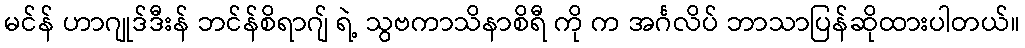
မင်န် ဟာဂျုဒ်ဒီးန် ဘင်န်စိရာဂျ် ရဲ့ သွဗကာသိနာစိရီ ကို က အင်္ဂလိပ် ဘာသာပြန်ဆိုထားပါတယ်။